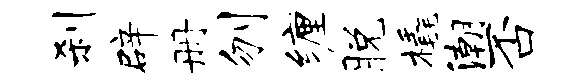
刹辟册刎缠脱橇潮否